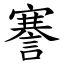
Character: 謇